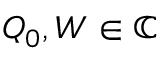
Q _ { 0 } , W \in \mathbb { C }